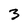
Character: 3